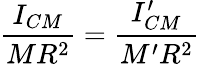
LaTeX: \frac{I_{CM}}{MR^{2}}=\frac{I_{CM}^{\prime}}{M^{\prime}R^{2}}